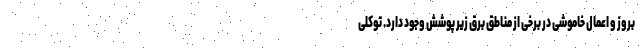
بروز و اعمال خاموشی در برخی از مناطق برق زیر پوشش وجود دارد. توکلی